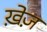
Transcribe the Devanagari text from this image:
ख़ेज़